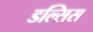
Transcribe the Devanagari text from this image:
डल्सिस